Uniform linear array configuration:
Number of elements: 32
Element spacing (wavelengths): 0.75
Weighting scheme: hamming
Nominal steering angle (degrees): -60
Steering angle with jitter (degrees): -61.051
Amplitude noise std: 0.05
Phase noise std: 0.05

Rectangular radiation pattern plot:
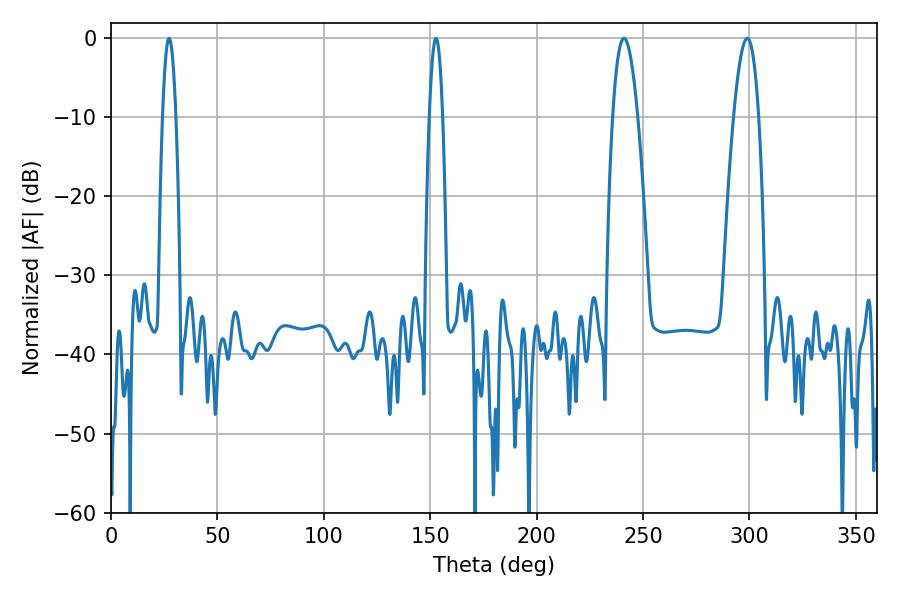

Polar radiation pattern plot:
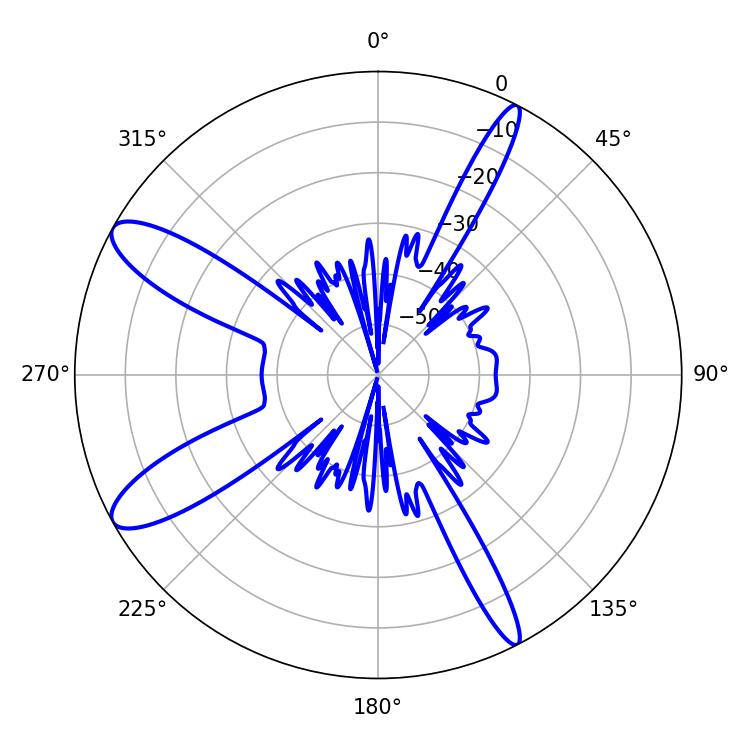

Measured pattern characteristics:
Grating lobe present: TRUE
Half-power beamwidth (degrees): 6.48
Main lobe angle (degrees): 298.98